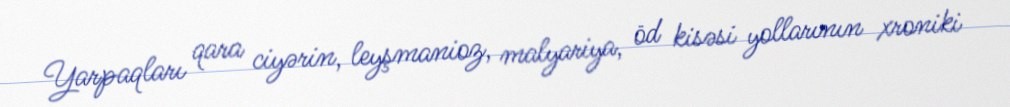
Yarpaqları qara ciyərin, leyşmanioz, malyariya, öd kisəsi yollarının xroniki